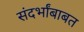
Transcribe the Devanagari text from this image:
संदर्भांबाबत